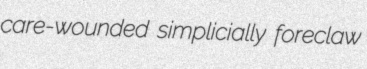
care-wounded simplicially foreclaw